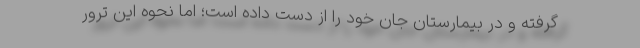
گرفته و در بیمارستان جان خود را از دست داده ‌است؛ اما نحوه این ترور